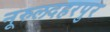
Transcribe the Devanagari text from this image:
नूरुलदहरपुर